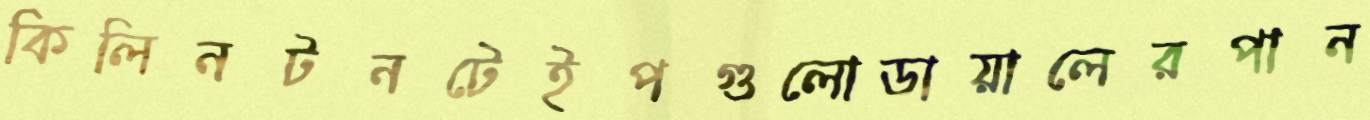
কিলিনটনটেইপগুলোডায়ালেরপান